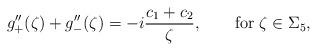
LaTeX: \begin{align*}g''_+(\zeta) + g''_-(\zeta) = -i\frac{c_1+c_2}{\zeta},\qquad\mbox{for $\zeta\in\Sigma_5$,}\end{align*}